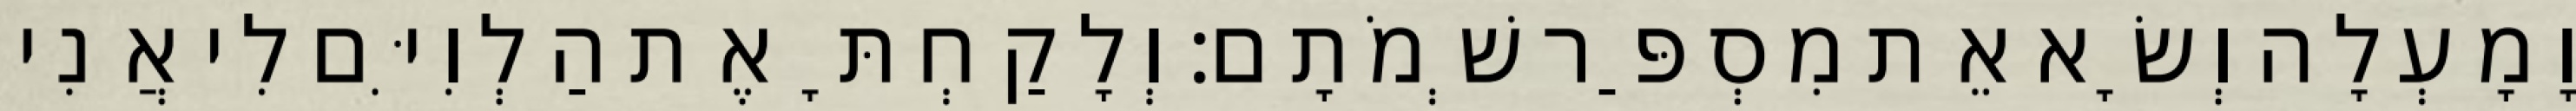
וָמָעְלָה וְשָׂא אֵת מִסְפַּר שְׁמֹתָם׃ וְלָקַחְתָּ אֶת הַלְוִיִּם לִי אֲנִי